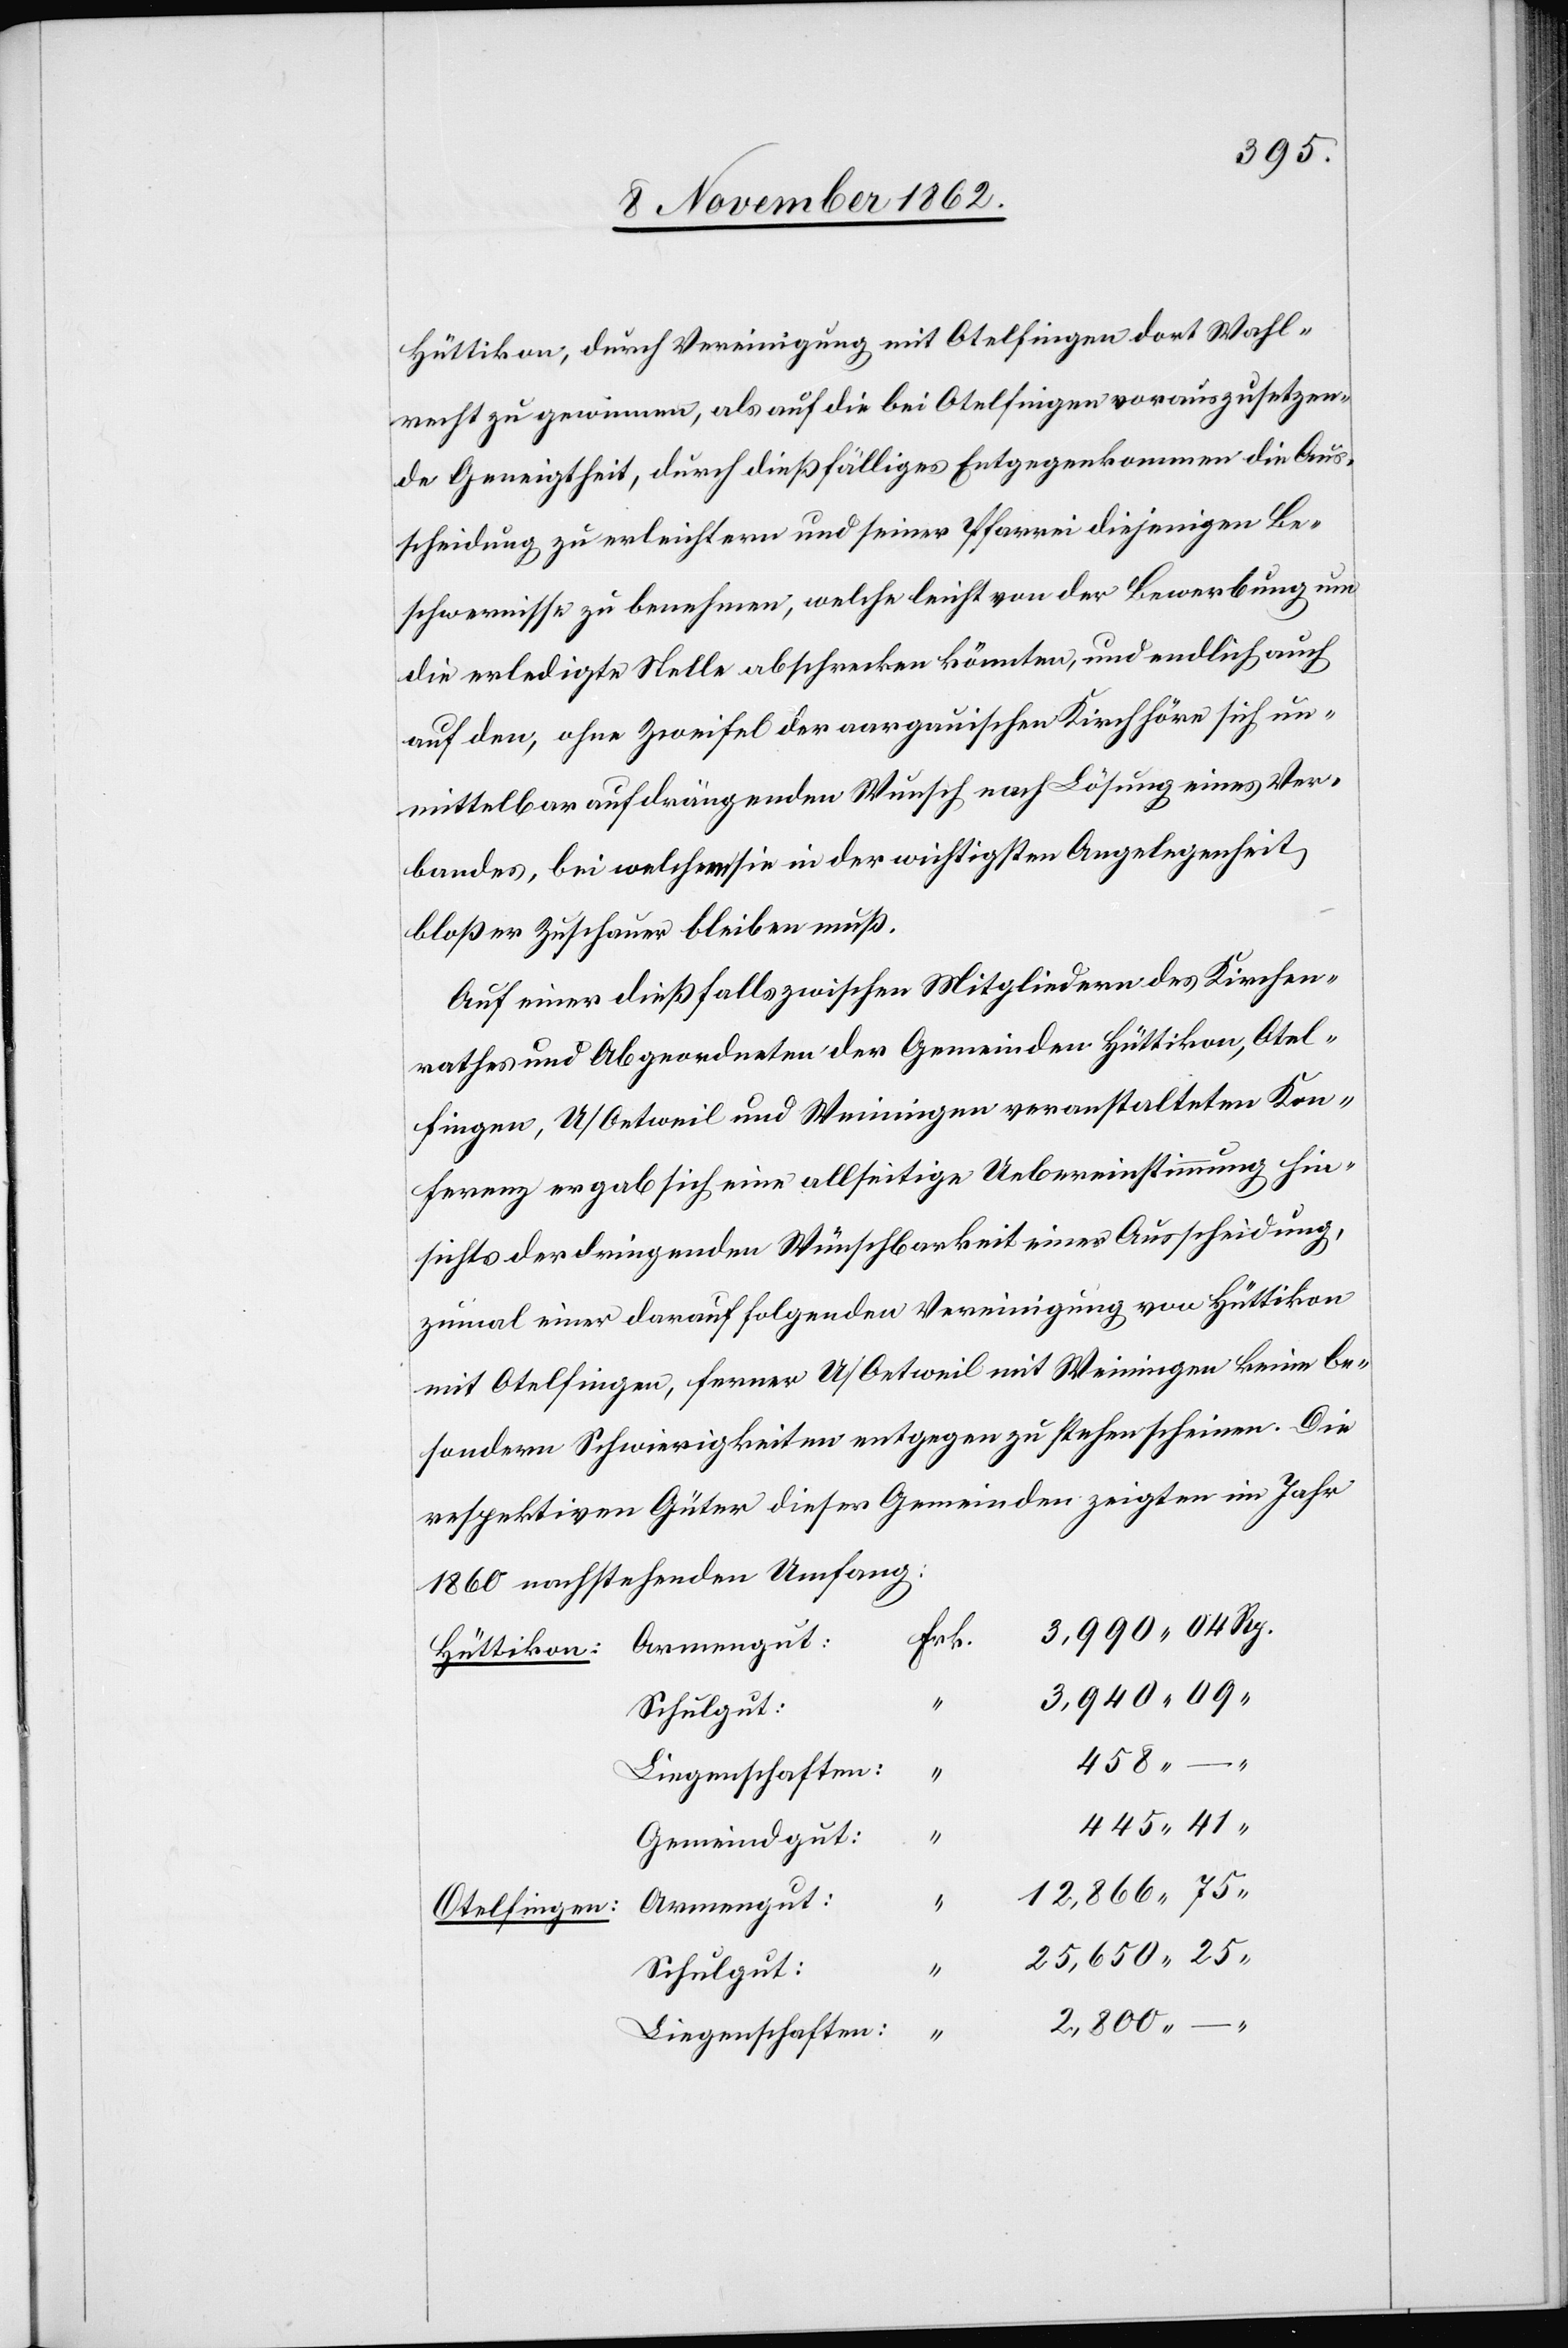
3,940
Hüttikon, durch Vereinigung mit Otelfingen dort Wahl¬
recht zu gewinnen, als auf die bei Otelfingen vorauszusetzen¬
de Geneigtheit, durch dießfälliges Entgegenkommen die Aus¬
scheidung zu erleichtern und seiner Pfarrei diejenigen Be¬
schwernisse zu benehmen, welche leicht von der Bewerbung um
die erledigte Stelle abschrecken könnten, und endlich auch
auf den, ohne Zweifel der aargauischen Kirchhöre, sich un¬
mittelbar aufdrängenden Wunsch nach Lösung eines Ver¬
bandes, bei welchem sie in der wichtigsten Angelegenheit,
bloßer Zuschauer bleiben muß.
Auf einer dießfalls zwischen Mitgliedern des Kirchen¬
rathes und abgeordneten der Gemeinden Hüttikon, Otel¬
fingen, U/Oetweil und Weiningen veranstalteten Kon¬
ferenz ergab sich eine allseitige Uebereinstimmung Hin¬
sicht der dringenden Wünschbarkeit einer Ausscheidung,
zumal einer darauf folgenden Vereinigung von Hüttikon
mit Otelfingen, fernern U/Oetweil mit Weiningen keine be¬
sondern Schwierigkeiten entgegen zu stehen scheinen. Die
respektiven Güter dieser Gemeinden zeigten im Jahr
1860 nachstehenden Umfang:
Frk.
Hüttikon:
04
Schulgut:
Liegenschaften:
41
Gemeindgut:
Armengut
Otelfingen:
Schulgut: